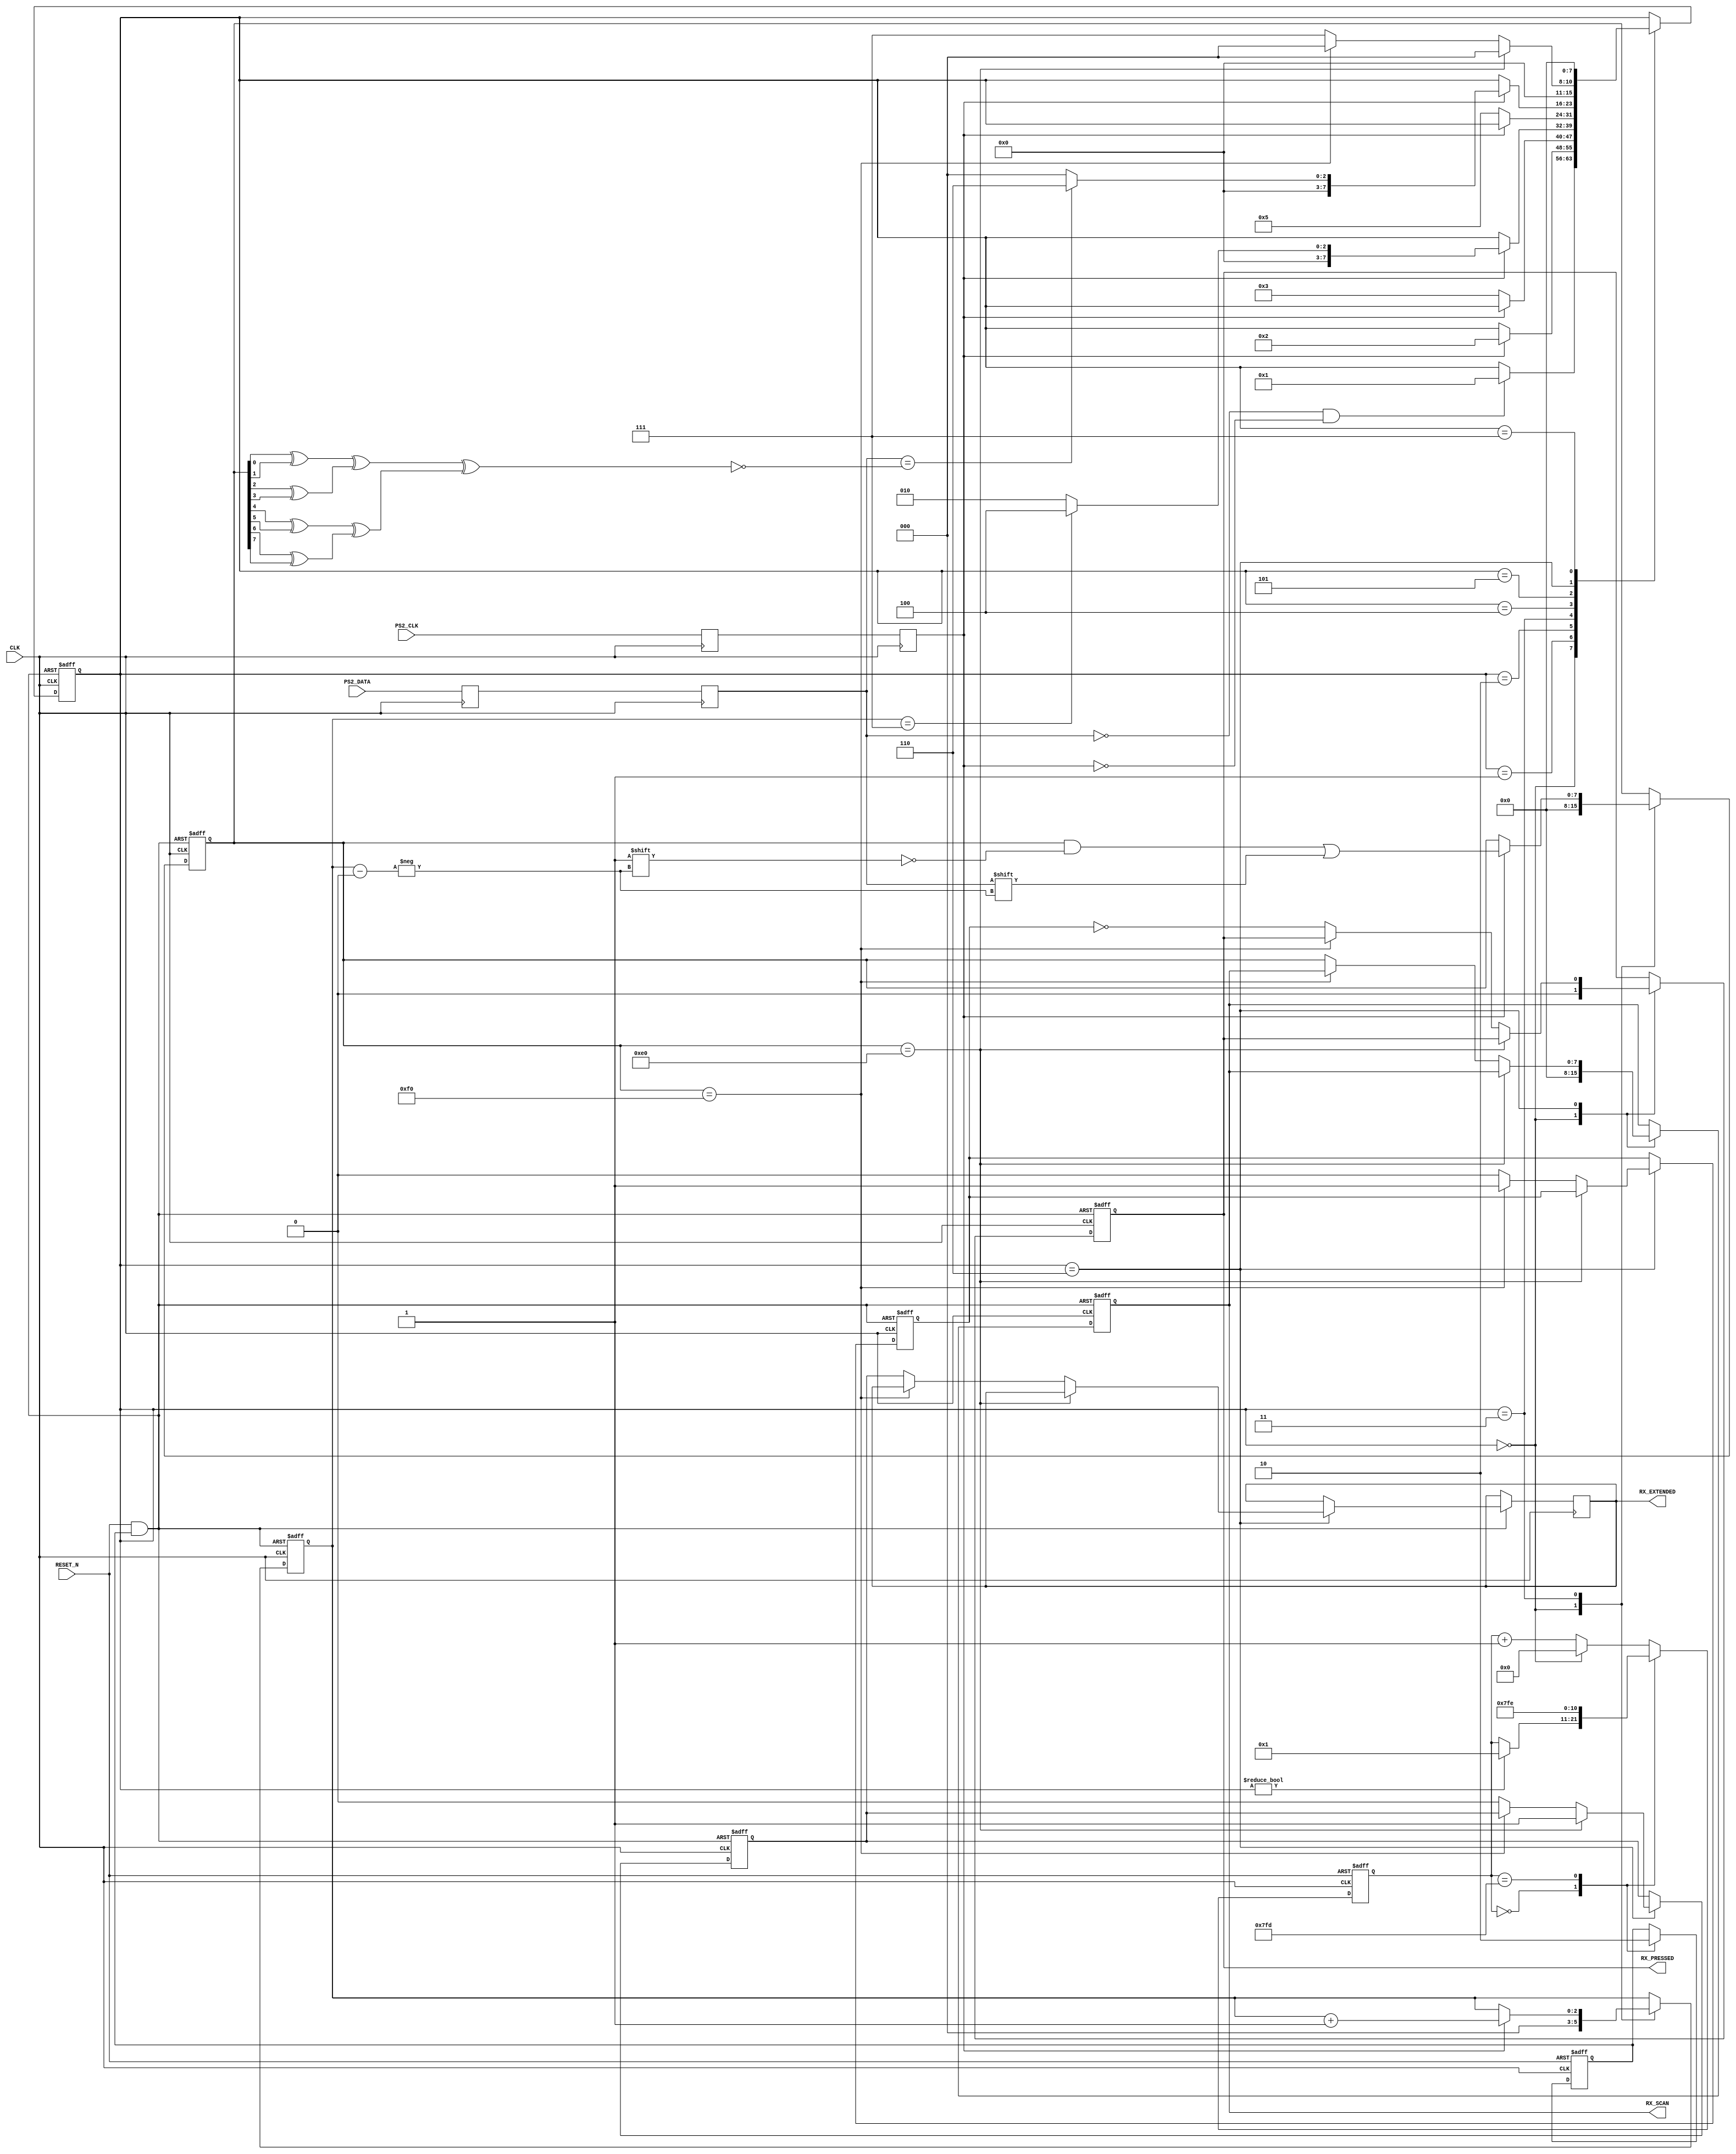
/*****************************************************************************
* gbfpgaapple APPLE ][e core.
*
*
* Ver 1.0
* July 2006
* Latest version from gbfpgaapple.tripod.com
*
******************************************************************************
*
* CPU section copyrighted by Daniel Wallner
*
******************************************************************************
*
* Apple ][e compatible system on a chip
*
* Version : 1.0
*
* Copyright (c) 2006 Gary Becker (gary_l_becker@yahoo.com)
*
* All rights reserved
*
* Redistribution and use in source and synthezised forms, with or without
* modification, are permitted provided that the following conditions are met:
*
* Redistributions of source code must retain the above copyright notice,
* this list of conditions and the following disclaimer.
*
* Redistributions in synthesized form must reproduce the above copyright
* notice, this list of conditions and the following disclaimer in the
* documentation and/or other materials provided with the distribution.
*
* Neither the name of the author nor the names of other contributors may
* be used to endorse or promote products derived from this software without
* specific prior written permission.
*
* THIS SOFTWARE IS PROVIDED BY THE COPYRIGHT HOLDERS AND CONTRIBUTORS "AS IS"
* AND ANY EXPRESS OR IMPLIED WARRANTIES, INCLUDING, BUT NOT LIMITED TO,
* THE IMPLIED WARRANTIES OF MERCHANTABILITY AND FITNESS FOR A PARTICULAR
* PURPOSE ARE DISCLAIMED. IN NO EVENT SHALL THE AUTHOR OR CONTRIBUTORS BE
* LIABLE FOR ANY DIRECT, INDIRECT, INCIDENTAL, SPECIAL, EXEMPLARY, OR
* CONSEQUENTIAL DAMAGES (INCLUDING, BUT NOT LIMITED TO, PROCUREMENT OF
* SUBSTITUTE GOODS OR SERVICES; LOSS OF USE, DATA, OR PROFITS; OR BUSINESS
* INTERRUPTION) HOWEVER CAUSED AND ON ANY THEORY OF LIABILITY, WHETHER IN
* CONTRACT, STRICT LIABILITY, OR TORT (INCLUDING NEGLIGENCE OR OTHERWISE)
* ARISING IN ANY WAY OUT OF THE USE OF THIS SOFTWARE, EVEN IF ADVISED OF THE
* POSSIBILITY OF SUCH DAMAGE.
*
* Please report bugs to the author, but before you do so, please
* make sure that this is not a derivative work and that
* you have the latest version of this file.
*
* The latest version of this file can be found at:
*      http://gbfpgaapple.tripod.com
*******************************************************************************/

`timescale 1 ns / 1 ns

module ps2_keyboard (
CLK,
RESET_N,
PS2_CLK,
PS2_DATA,
RX_PRESSED,
RX_EXTENDED,
RX_SCAN
);

input					CLK;
input					RESET_N;
input					PS2_CLK;
input					PS2_DATA;
output				RX_PRESSED;
reg					RX_PRESSED;
output				RX_EXTENDED;
reg					RX_EXTENDED;
output	[7:0]		RX_SCAN;
reg		[7:0]		RX_SCAN;

reg					KB_CLK;
reg					KB_DATA;
reg					KB_CLK_B;
reg					KB_DATA_B;
reg					PRESSED_N;
reg					EXTENDED;
reg		[2:0]		BIT;
reg		[7:0]		STATE;
reg		[7:0]		SCAN;
wire					PARITY;
reg		[10:0]	TIMER;
reg					KILLER;
wire					RESET_X;

// Double buffer
always @ (posedge CLK)
begin
	KB_CLK_B		<=	PS2_CLK;
	KB_DATA_B	<= PS2_DATA;
	KB_CLK		<= KB_CLK_B;
	KB_DATA		<= KB_DATA_B;
end
assign PARITY =	~(((SCAN[0]^SCAN[1])
						  ^(SCAN[2]^SCAN[3]))
						 ^((SCAN[4]^SCAN[5])
						  ^(SCAN[6]^SCAN[7])));

assign RESET_X = RESET_N & KILLER;
always @ (negedge CLK or negedge RESET_N)
	if(!RESET_N)
	begin
		KILLER <= 1'b1;
		TIMER <= 11'h000;
	end
	else
		case(TIMER)
		11'h000:
		begin
			KILLER <= 1'b1;
			if(STATE != 8'h00)
				TIMER <= 11'h001;
		end
		11'h7FD:
		begin
			KILLER <= 1'b0;
			TIMER <= 11'h7FE;
		end
		default:
			if(STATE == 8'h00)
				TIMER <= 11'h000;
			else
				TIMER <= TIMER + 1'b1;
		endcase

always @ (posedge CLK or negedge RESET_X)
begin
	if(!RESET_X)
	begin
		STATE				<= 8'h00;
		SCAN				<= 8'h00;
		BIT				<= 3'b000;
		RX_SCAN			<= 8'h00;
		RX_PRESSED		<= 1'b0;
		PRESSED_N		<= 1'b0;
		EXTENDED			<= 1'b0;
	end
	else
	begin
		
		case (STATE)
		8'h00:						// Hunt for start bit
		begin
			SCAN				<= 8'h00;
			BIT				<= 3'b000;
			RX_SCAN			<= 8'h00;
			RX_PRESSED		<= 1'b0;
			if(~KB_DATA & ~KB_CLK)
					STATE			<= 8'h01;
		end
		8'h01:						// Started
		begin
			if(KB_CLK)
				STATE				<= 8'h02;
		end
		8'h02:						// Hunt for Bit
		begin
			if(~KB_CLK)
				STATE	<= 8'h03;
		end
		8'h03:
		begin
			if(KB_CLK)
			begin
				SCAN[BIT]		<= KB_DATA;
				BIT				<= BIT + 1'b1;
				if(BIT == 3'b111)
					STATE				<= 8'h04;
				else
					STATE				<= 8'h02;
			end
		end
		8'h04:						// Hunt for Bit
		begin
			if(~KB_CLK)
				STATE	<= 8'h05;
		end
		8'h05:						// Test parity
		begin
			if(KB_CLK)
			begin
				if(KB_DATA == PARITY)
					STATE				<= 8'h06;
				else
				begin
					STATE				<= 8'h00;
				end
			end
		end
		8'h06:
		begin
			if(SCAN == 8'hE0)
			begin
				EXTENDED <= 1'b1;
				STATE		<= 8'h00;
			end
			else
				if(SCAN == 8'hF0)
				begin
					PRESSED_N	<= 1'b1;
					STATE			<= 8'h00;
				end
				else
				begin
					RX_SCAN		<= SCAN;
					RX_PRESSED	<= ~PRESSED_N;
					RX_EXTENDED	<= EXTENDED;
					PRESSED_N	<= 1'b0;
					EXTENDED		<= 1'b0;
					STATE			<= 8'h07;
				end
			end
		8'h07:
			STATE				<= 8'h00;
		endcase
	end
end

endmodule